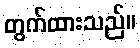
တွက်ထားသည်။